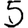
Digit: 5